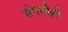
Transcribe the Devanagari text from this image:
संपत्तीही